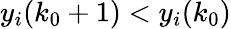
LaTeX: y_{i}(k_{0}+1)<y_{i}(k_{0})